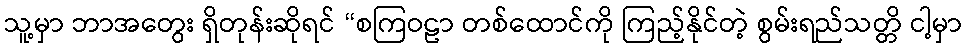
သူ့မှာ ဘာအတွေး ရှိတုန်းဆိုရင် “စကြဝဠာ တစ်ထောင်ကို ကြည့်နိုင်တဲ့ စွမ်းရည်သတ္တိ ငါ့မှာ